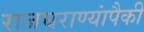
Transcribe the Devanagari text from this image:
राजघराण्यांपैकी